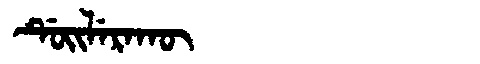
Manchu: ᡩᡠᡳᠯᡝᡵᠠᡴᡡ
Romanization: DUILERAKŪ